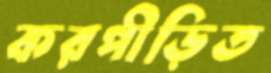
করপীড়িত